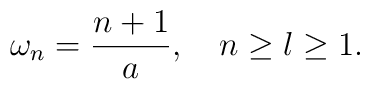
\omega_n=\frac{n+1}{a}, \quad n\ge l \ge 1.